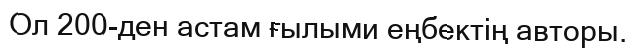
Ол 200-ден астам ғылыми еңбектің авторы.